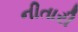
નીતારી